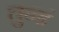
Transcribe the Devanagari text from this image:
तुन्हं